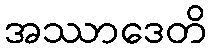
အဿာဒေတိ